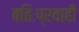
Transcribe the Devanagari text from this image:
बहिःप्रवाही